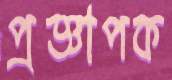
প্রজ্ঞাপক